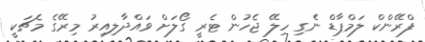
ފްރޭންކް ލަމްޕާޑް ނެގި ހިލޭ ޖެހުން ޓެރީ ގޯލަށް ވައްދާލިއިރު މިރޭގެ މެޗަކީ